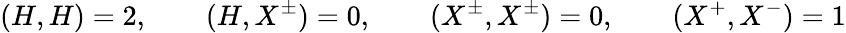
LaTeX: (H,H)=2,\qquad(H,X^{\pm})=0,\qquad(X^{\pm},X^{\pm})=0,\qquad(X^{+},X^{-})=1